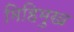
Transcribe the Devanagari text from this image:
मिहिमुख